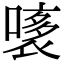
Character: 𧛧